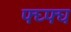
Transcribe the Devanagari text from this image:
फ्घ्फ्घ